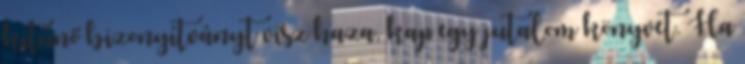
kitűnő bizonyítványt visz haza, kap egy jutalom könyvet. Ha